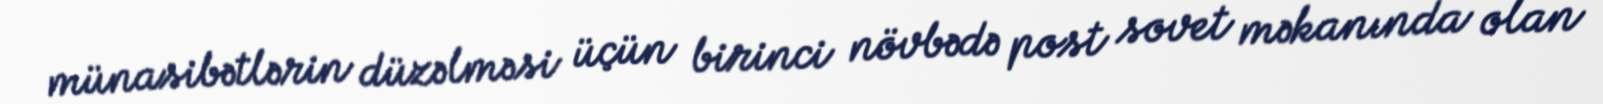
münasibətlərin düzəlməsi üçün birinci növbədə post sovet məkanında olan